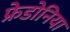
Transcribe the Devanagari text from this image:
फ्रेडोनिया